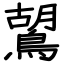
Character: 鶦